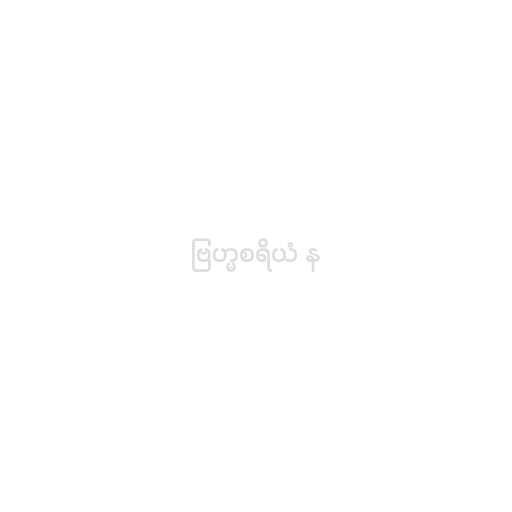
ဗြဟ္မစရိယံ န